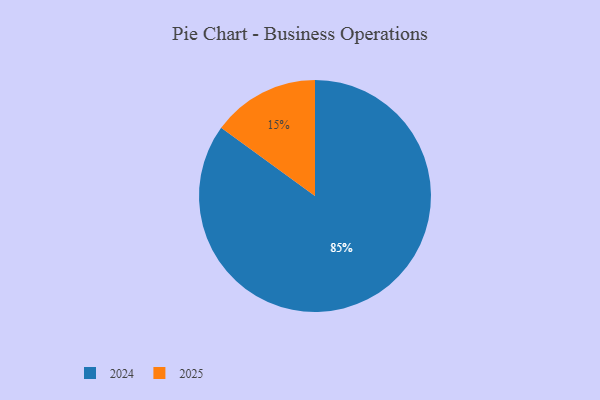
{"axis": {"x": "Category", "y": "Percentage"}, "legend": ["2024", "2025"], "data": [{"x": "2025", "y": 15, "type": "2025"}, {"x": "2024", "y": 85, "type": "2024"}]}